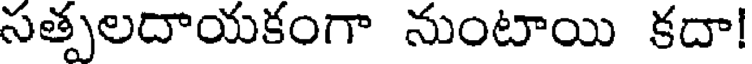
సతృలదాయకంగా నుంటాయి కదా!